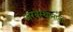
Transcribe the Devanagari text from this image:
अरबस्थानातील